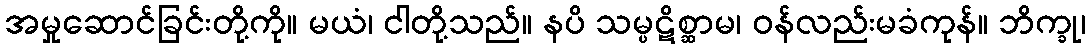
အမှုဆောင်ခြင်းတို့ကို။ မယံ၊ ငါတို့သည်။ နပိ သမ္ပဋိစ္ဆာမ၊ ဝန်လည်းမခံကုန်။ ဘိက္ခု၊